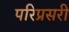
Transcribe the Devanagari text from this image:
परिप्रसरी